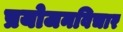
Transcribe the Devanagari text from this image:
प्रयोजनविचार